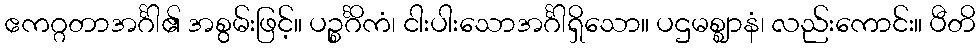
ဧကဂ္ဂတာအင်္ဂါ၏ အစွမ်းဖြင့်။ ပဉ္စင်္ဂိကံ၊ ငါးပါးသောအင်္ဂါရှိသော။ ပဌမစ္ဈာနံ၊ လည်းကောင်း။ ပီတိ